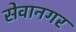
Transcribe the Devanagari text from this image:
सेवानगर